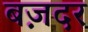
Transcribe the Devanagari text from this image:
बज़दर